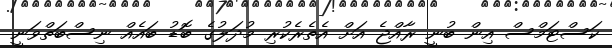
ކަސްޓަމްސް އިން ބުނީ ރާއްޖެ އަށް އެތެރެކުރި މުދަލުގެ ބޮޑު ބައެއް ނިސްބަތްވަނީ